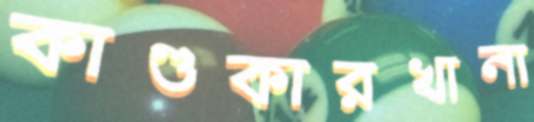
কাণ্ডকারখানা